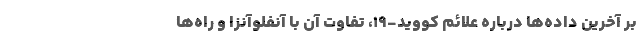
بر آخرین داده‌ها درباره علائم کووید-۱۹، تفاوت آن با آنفلوآنزا و راه‌ها